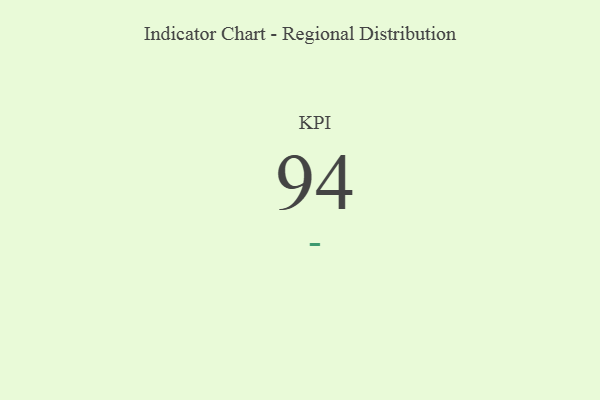
{"axis": {"x": "KPI", "y": "Value"}, "legend": [""], "data": [{"x": "KPI", "y": 94, "type": ""}]}